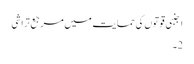
اجنبی قوتوں کی حمایت میں مرجع تراشی
2۔